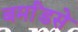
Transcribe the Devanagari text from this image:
बर्मांडसे